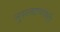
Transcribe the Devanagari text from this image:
नुसत्याच्गोष्टी